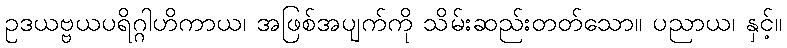
ဥဒယဗ္ဗယပရိဂ္ဂါဟိကာယ၊ အဖြစ်အပျက်ကို သိမ်းဆည်းတတ်သော။ ပညာယ၊ နှင့်။